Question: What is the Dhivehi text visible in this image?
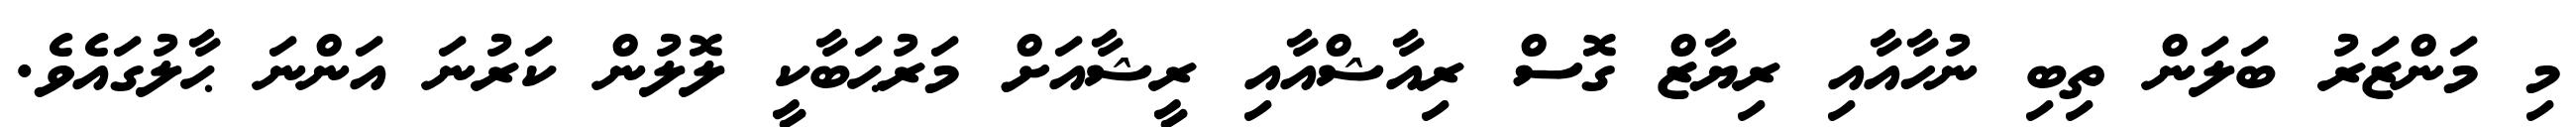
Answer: މި މަންޒަރު ބަލަން ތިބި ނުހާއާއި ރިޔާޒް ގޮސް ރިއާޝްއާއި ރީޝާއަށް މަރުޙަބާކީ ލޮލުން ކަރުނަ އަންނަ ޙާލުގައެވެ.